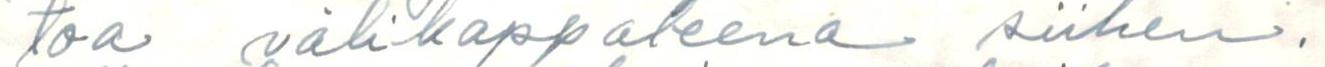
toa välikappaleena siihen.